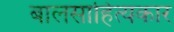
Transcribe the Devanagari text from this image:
बालसाहित्‍यकार